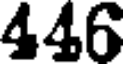
446